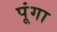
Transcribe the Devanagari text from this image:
पूंगा